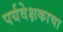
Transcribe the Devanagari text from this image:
पर्यवेक्षकाचा